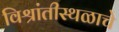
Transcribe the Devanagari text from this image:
विश्रांतीस्थळाचे